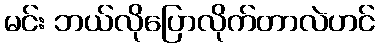
မင်း ဘယ်လိုပြောလိုက်တာလဲဟင်